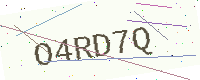
Text: O4RD7Q